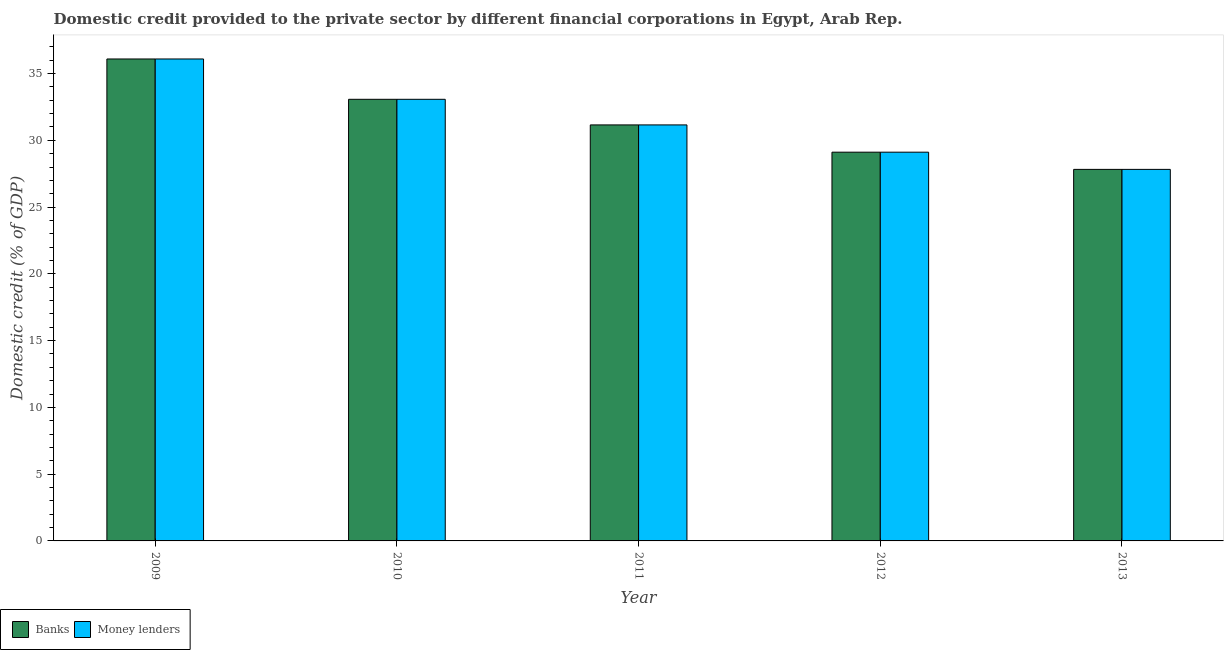
| Year | Banks | Money lenders |
 | --- | --- | --- |
 | 2009 | 36.1 | 36.1 |
 | 2010 | 33.1 | 33.1 |
 | 2011 | 31.2 | 31.2 |
 | 2012 | 29.1 | 29.1 |
 | 2013 | 27.8 | 27.8 |